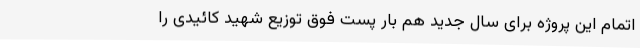
اتمام این پروژه برای سال جدید هم بار پست فوق توزیع شهید کائیدی را